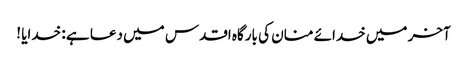
آخر میں خدائے منان کی بارگاہ اقدس میں دعا ہے : خدایا !